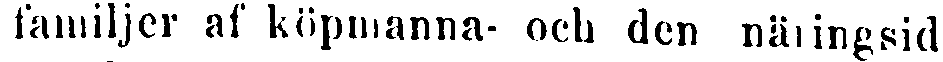
familjer af köpmanna- och den näringsid